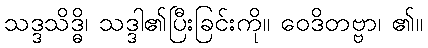
သဒ္ဒသိဒ္ဓိ၊ သဒ္ဒါ၏ပြီးခြင်းကို။ ဝေဒိတဗ္ဗာ၊ ၏။